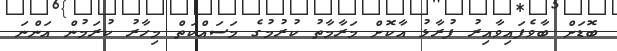
ބޮޑަށް ބާވެފައިވާއިރު ފުރާޅު އާކޮށް މަރާމާތު ކުރުމުގެ މަސައްކަތް މިހާރު ކުރަމުން އަންނަ